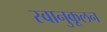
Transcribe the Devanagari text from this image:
स्वानुकूलन